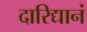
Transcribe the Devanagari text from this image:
दारिद्यानं